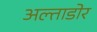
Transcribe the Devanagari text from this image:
अल्ताडोर